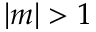
| m | > 1